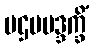
ပဌမမဒ္ဒက္ခိံ